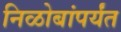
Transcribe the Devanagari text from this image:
निळोबांपर्यंत